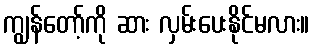
ကျွန်တော့်ကို ဆား လှမ်းပေးနိုင်မလား။